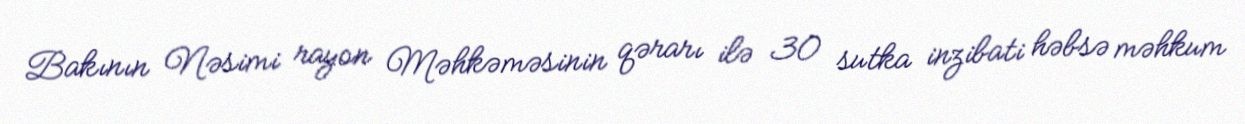
Bakının Nəsimi rayon Məhkəməsinin qərarı ilə 30 sutka inzibati həbsə məhkum